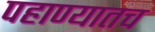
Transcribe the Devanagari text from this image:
पहाण्यातच